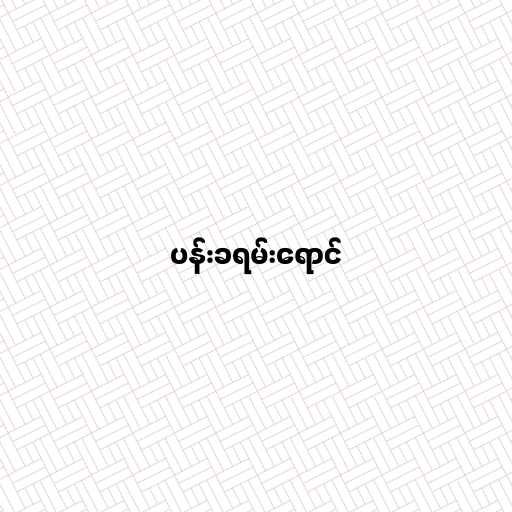
ပန်းခရမ်းရောင်